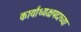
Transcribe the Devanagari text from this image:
कार्याध्यक्षपदाच्या